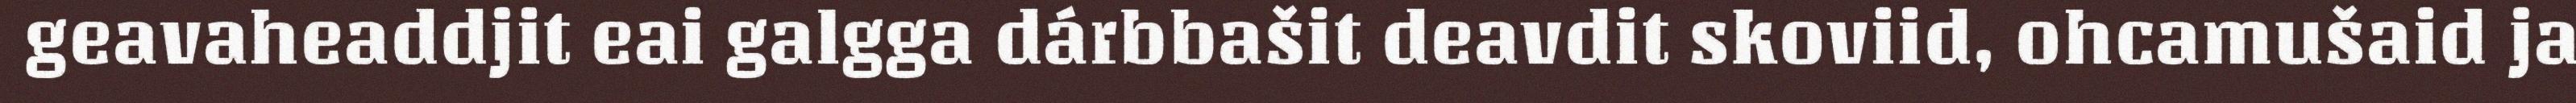
geavaheaddjit eai galgga dárbbašit deavdit skoviid, ohcamušaid ja